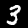
Label: 3